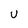
Character: u